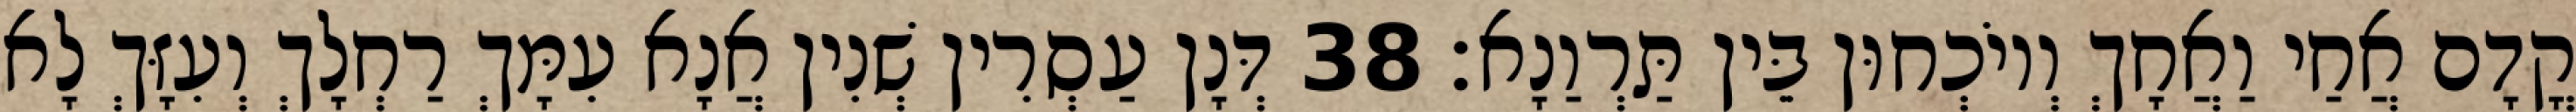
קֳדָם אֲחַי וַאֲחָךְ וְיוֹכְחוּן בֵּין תַּרְוַנָא׃ 38 דְּנָן עַסְרִין שְׁנִין אֲנָא עִמָּךְ רַחְלָךְ וְעִזָּךְ לָא